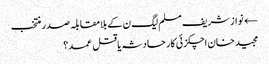
← نواز شریف مسلم لیگ ن کے بلامقابلہ صدر منتخب
مجید خان اچکزئی کار حادثہ یا قتل عمد؟